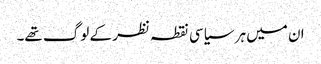
ان میں ہر سیاسی نقطہ نظر کے لوگ تھے۔